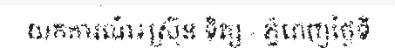
យកការណ៍៖ស្រ៊ុន ទិត្យ - ភ្នំពេញថ្ងៃទី